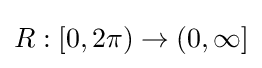
R:[0,2\pi )\to (0,\infty ]